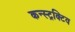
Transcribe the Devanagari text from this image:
कन्स्ट्रक्टिव